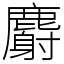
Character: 麝